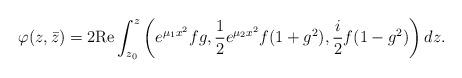
LaTeX: \begin{align*} \varphi(z,\bar{z})=2\mathrm{Re}\int^{z}_{z_0}\left(e^{\mu_1x^2}fg,\frac{1}{2}e^{\mu_2x^2}f(1+g^2),\frac{i}{2}f(1-g^2)\right)dz.\end{align*}